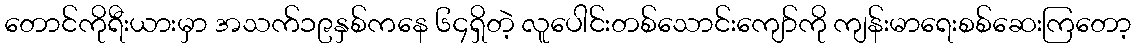
တောင်ကိုရီးယားမှာ အသက်၁၉နှစ်ကနေ ၆၄ရှိတဲ့ လူပေါင်းတစ်သောင်းကျော်ကို ကျန်းမာရေးစစ်ဆေးကြတော့